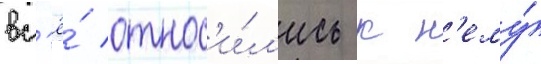
вс'ё́ относ'и́л'ись к н'ему́